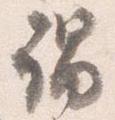
謂